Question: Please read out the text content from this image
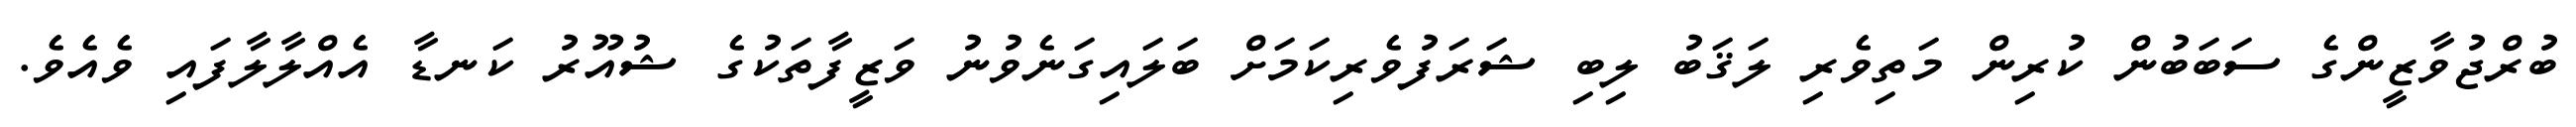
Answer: ބުރްޖުވާޒީންގެ ސަބަބުން ކުރިން މަތިވެރި ލަޤަބު ލިބި ޝަރަފުވެރިކަމަށް ބަލައިގަނެވުނު ވަޒީފާތަކުގެ ޝުއޫރު ކަނޑާ އެއްލާލާފައި ވެއެވެ.